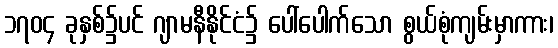
၁၇၀၄ ခုနှစ်၌ပင် ဂျာမနီနိုင်ငံ၌ ပေါ်ပေါက်သော စွယ်စုံကျမ်းမှာကား၊